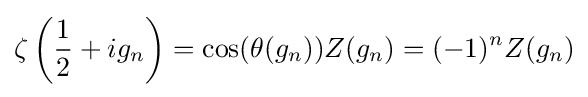
\zeta \left({\frac {1}{2}}+ig_{n}\right)=\cos(\theta (g_{n}))Z(g_{n})=(-1)^{n}Z(g_{n})